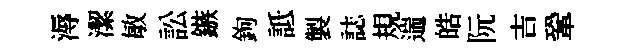
溽潔敏訟鏃鉤詆製誌規遄皓阮吉鞏